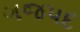
ગજપદ